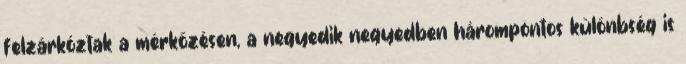
felzárkóztak a mérkőzésen, a negyedik negyedben hárompontos különbség is